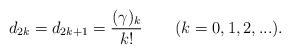
LaTeX: \begin{align*}d_{2k} = d_{2k+1} = \frac{(\gamma )_k}{k! }\qquad{(k=0,1,2,...)} .\end{align*}